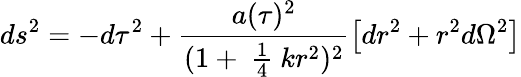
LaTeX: ds^{2}=-d\tau^{2}+\frac{a(\tau)^{2}}{(1+\mathrm{~\frac{1}{4}~}kr^{2})^{2}}\left[dr^{2}+r^{2}d\Omega^{2}\right]